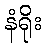
နံရိုး